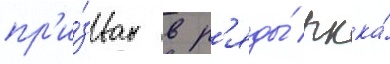
пр'и́зван в р'яды́ ркка́